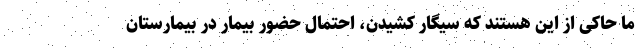
ما حاکی از این هستند که سیگار کشیدن، احتمال حضور بیمار در بیمارستان